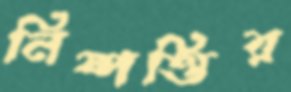
নিষ্পত্তির